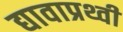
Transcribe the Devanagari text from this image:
द्यावाप्रथ्वी